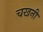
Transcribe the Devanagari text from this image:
चखनी